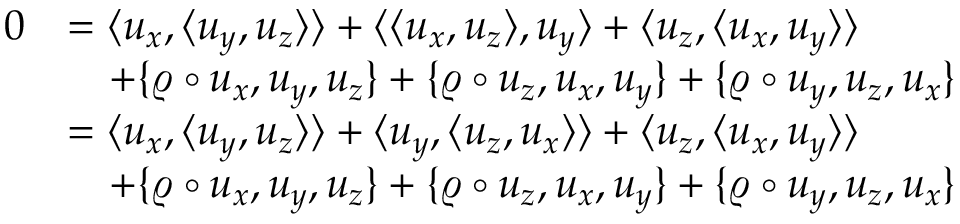
\begin{array} { r l } { 0 } & { = \langle u _ { x } , \langle u _ { y } , u _ { z } \rangle \rangle + \langle \langle u _ { x } , u _ { z } \rangle , u _ { y } \rangle + \langle u _ { z } , \langle u _ { x } , u _ { y } \rangle \rangle } \\ & { \quad + \{ \varrho \circ u _ { x } , u _ { y } , u _ { z } \} + \{ \varrho \circ u _ { z } , u _ { x } , u _ { y } \} + \{ \varrho \circ u _ { y } , u _ { z } , u _ { x } \} } \\ & { = \langle u _ { x } , \langle u _ { y } , u _ { z } \rangle \rangle + \langle u _ { y } , \langle u _ { z } , u _ { x } \rangle \rangle + \langle u _ { z } , \langle u _ { x } , u _ { y } \rangle \rangle } \\ & { \quad + \{ \varrho \circ u _ { x } , u _ { y } , u _ { z } \} + \{ \varrho \circ u _ { z } , u _ { x } , u _ { y } \} + \{ \varrho \circ u _ { y } , u _ { z } , u _ { x } \} } \end{array}